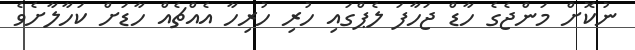
ނުކޮށް މަންޖެގެ ހާޑް ޖަހާފަ ލެޕްގައި ހުރި ހުރިހާ އެއްޗެއް ހާޑަށް ކަހާލާށެވެ